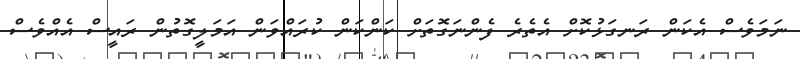
ނަމަވެސް އެކަން ރަނގަޅުކޮށް އެތެރެ ފެންނަގޮތަށް ކަންކަން ކުރައްވަން އަމަލީގޮތުން ރައީސް އެއްވެސް